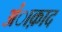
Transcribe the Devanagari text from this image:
अंाक़ाद